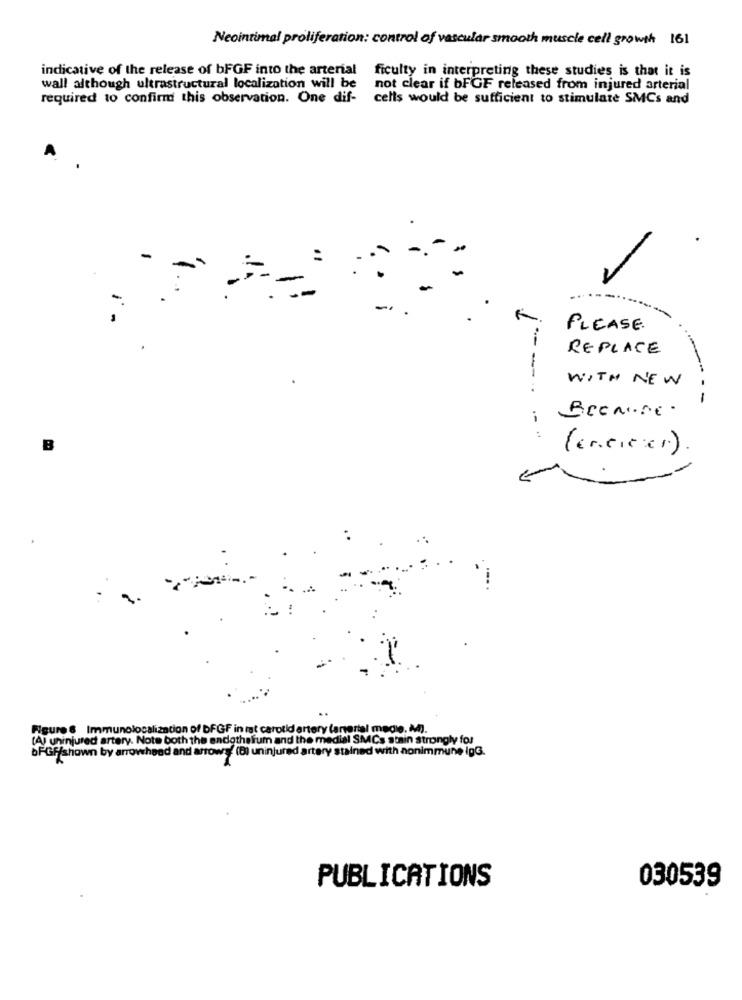
Neointimal proliferation: control of vascular smooth muscle cell growth 161
indicative of the release of bFGF into the arterial ficulty in interpreting these studies is that it is
wall although ultrastructural localization will be
not clear if bFGF released from injured arterial
required to confirm this observation. One dif-
cells would be sufficient to stimulate SMCs and
:
-
PLEASE.
REPLACE
WITH NEW
--- --
BeenDE .
i
:
B
(enciex1)
Figure 6 Immunolocalization of bFGF in rt carotid artery (arterial medie. M).
(A) uninjured artery. Note both the endothelium and the medial SMCs stain strongly for
bPGF/shown by arrowhead and arrows (B) uninjured artery stained with nonimmune IgG.
PUBLICATIONS
030539